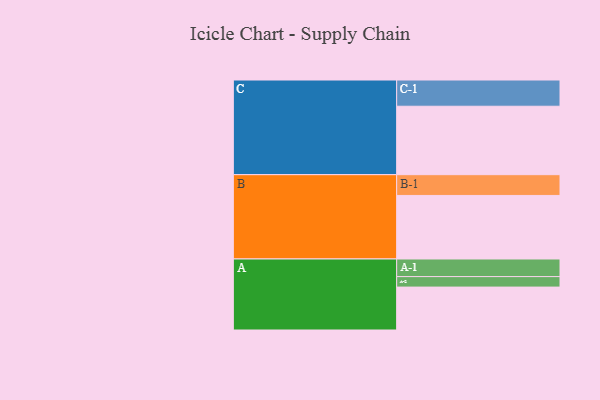
{"axis": {"x": "Segment", "y": "Value"}, "legend": ["", "A", "B", "C"], "data": [{"x": "A", "y": 368, "type": ""}, {"x": "B", "y": 545, "type": ""}, {"x": "C", "y": 587, "type": ""}, {"x": "A-1", "y": 151, "type": "A"}, {"x": "A-2", "y": 90, "type": "A"}, {"x": "B-1", "y": 178, "type": "B"}, {"x": "C-1", "y": 225, "type": "C"}]}